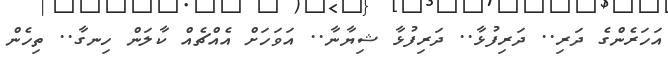
އަހަރެންގެ ދަރި.. ދަރިފުޅާ.. ދަރިފުޅާ ޝިޔާނާ.. އަވަހަށް އެއްޗެއް ކާލަން ހިނގާ.. ތިހެން